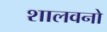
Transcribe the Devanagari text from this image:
शालवनो